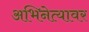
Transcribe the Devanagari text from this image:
अभिनेत्यावर